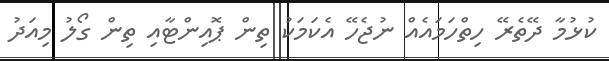
ކުޅުމާ ދޭތެރޭ ހިތްހަމައެއް ނުޖެހޭ އެކަމަކު ތިން ޕޮއިންޓާއި ތިން ގޯލު މިއަދު